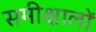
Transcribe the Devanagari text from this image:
समीक्षालों